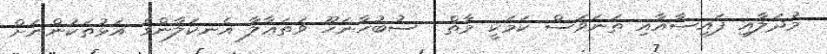
މުދަލާއި ފައިސާއާއި ތަނަވަސް ކަމަކީ މާތް  ސުބުހާނަހޫ ވަތަޢާލާ އެނކަލާންގެ އަޅުތަކުންނަށް